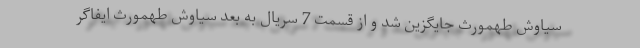
سیاوش طهمورث جایگزین شد و از قسمت 7 سریال به بعد سیاوش طهمورث ایفاگر